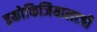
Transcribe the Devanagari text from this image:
इकोफिजियालाजी